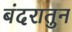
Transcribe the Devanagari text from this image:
बंदरातुन